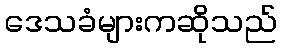
ဒေသခံများကဆိုသည်